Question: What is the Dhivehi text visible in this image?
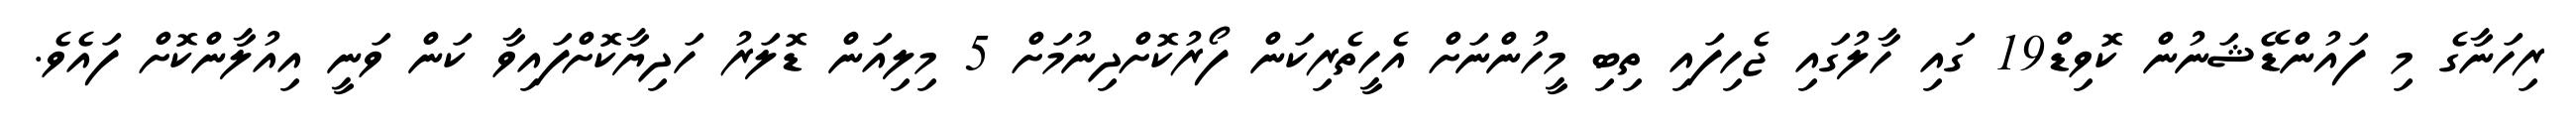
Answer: ރިހަނާގެ މި ފައުންޑޭޝަނުން ކޮވިޑް19 ގައި ހާލުގައި ޖެހިފައި ތިބި މީހުންނަށް އެހީތެރިކަން ފޯރުކޮށްދިނުމަށް 5 މިލިއަން ޑޮލަރު ހަދިޔާކޮށްފައިވާ ކަން ވަނީ އިއުލާންކޮށް ފައެވެ.